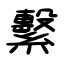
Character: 繫